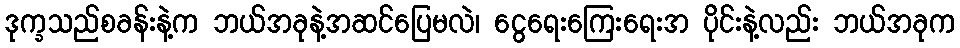
ဒုက္ခသည်စခန်းနဲ့က ဘယ်အခုနဲ့အဆင်ပြေမလဲ၊ ငွေရေးကြေးရေးအ ပိုင်းနဲ့လည်း ဘယ်အခုက